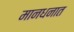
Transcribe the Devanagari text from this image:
मानधनात